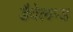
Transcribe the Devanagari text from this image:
डैवेलप्ड